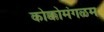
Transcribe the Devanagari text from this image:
कोक्कोमंगळम